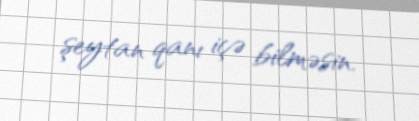
şeytan qanı içə bilməsin.